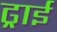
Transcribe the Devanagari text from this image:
ढ्राई